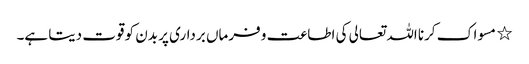
٭ مسواک کرنا اللہ تعالی کی اطاعت و فرماں برداری پر بدن کو قوت دیتا ہے۔